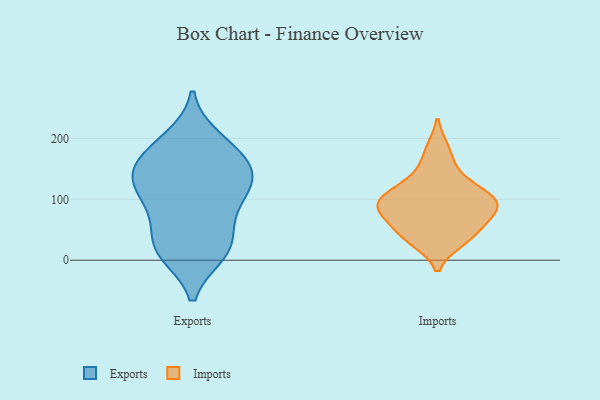
{"axis": {"x": "Latency (ms)", "y": "Value"}, "legend": ["Exports", "Imports"], "data": [{"x": "", "y": 21, "type": "Exports"}, {"x": "", "y": 17, "type": "Exports"}, {"x": "", "y": 151, "type": "Exports"}, {"x": "", "y": 11, "type": "Exports"}, {"x": "", "y": 107, "type": "Exports"}, {"x": "", "y": 14, "type": "Exports"}, {"x": "", "y": 122, "type": "Exports"}, {"x": "", "y": 194, "type": "Exports"}, {"x": "", "y": 55, "type": "Exports"}, {"x": "", "y": 200, "type": "Exports"}, {"x": "", "y": 162, "type": "Exports"}, {"x": "", "y": 170, "type": "Exports"}, {"x": "", "y": 143, "type": "Exports"}, {"x": "", "y": 144, "type": "Exports"}, {"x": "", "y": 100, "type": "Exports"}, {"x": "", "y": 118, "type": "Exports"}, {"x": "", "y": 69, "type": "Exports"}, {"x": "", "y": 91, "type": "Imports"}, {"x": "", "y": 111, "type": "Imports"}, {"x": "", "y": 113, "type": "Imports"}, {"x": "", "y": 143, "type": "Imports"}, {"x": "", "y": 47, "type": "Imports"}, {"x": "", "y": 71, "type": "Imports"}, {"x": "", "y": 38, "type": "Imports"}, {"x": "", "y": 181, "type": "Imports"}, {"x": "", "y": 33, "type": "Imports"}, {"x": "", "y": 85, "type": "Imports"}, {"x": "", "y": 84, "type": "Imports"}, {"x": "", "y": 97, "type": "Imports"}]}